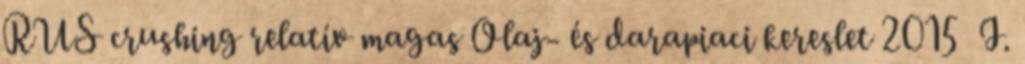
RUS crushing relatív magas Olaj- és darapiaci kereslet 2015 I.